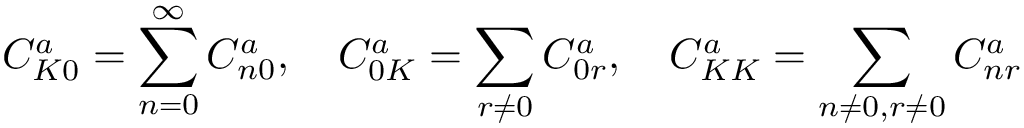
C _ { K 0 } ^ { a } = \displaystyle \sum _ { n = 0 } ^ { \infty } C _ { n 0 } ^ { a } , \quad C _ { 0 K } ^ { a } = \displaystyle \sum _ { r \neq 0 } C _ { 0 r } ^ { a } , \quad C _ { K K } ^ { a } = \sum _ { n \neq 0 , r \neq 0 } C _ { n r } ^ { a }